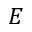
E